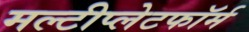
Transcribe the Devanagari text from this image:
मल्टीप्लेटफॉर्म